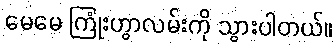
မေမေ ကြုံးဟွာလမ်းကို သွားပါတယ်။